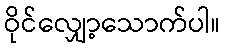
ဝိုင်လျှော့သောက်ပါ။